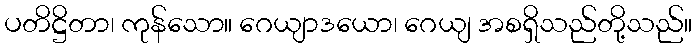
ပတိဋ္ဌိတာ၊ ကုန်သော။ ဂေယျာဒယော၊ ဂေယျ အစရှိသည်တို့သည်။